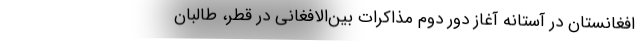
افغانستان در آستانه آغاز دور دوم مذاکرات بین‌الافغانی در قطر، طالبان